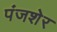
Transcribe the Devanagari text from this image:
पंजशेर